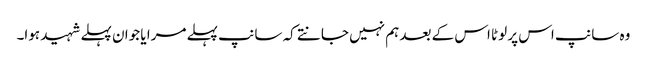
وہ سانپ اس پر لوٹا اس کے بعد ہم نہیں جانتے کہ سانپ پہلے مرا یا جوان پہلے شہید ہوا۔